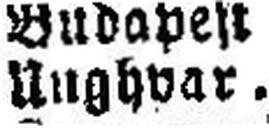
Unghvar